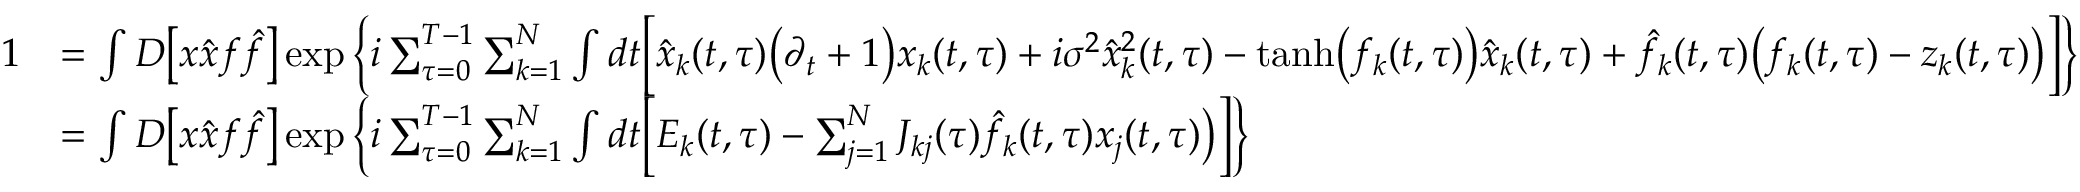
\begin{array} { r l } { 1 } & { = \int D \big [ x \hat { x } f \hat { f } \big ] \exp \left\{ i \sum _ { \tau = 0 } ^ { T - 1 } \sum _ { k = 1 } ^ { N } \int d t \Big [ \hat { x } _ { k } ( t , \tau ) \big ( \partial _ { t } + 1 \big ) x _ { k } ( t , \tau ) + i \sigma ^ { 2 } \hat { x } _ { k } ^ { 2 } ( t , \tau ) - \mathrm { t a n h } \big ( f _ { k } ( t , \tau ) \big ) \hat { x } _ { k } ( t , \tau ) + \hat { f } _ { k } ( t , \tau ) \big ( f _ { k } ( t , \tau ) - z _ { k } ( t , \tau ) \big ) \Big ] \right\} } \\ & { = \int D \big [ x \hat { x } f \hat { f } \big ] \exp \left\{ i \sum _ { \tau = 0 } ^ { T - 1 } \sum _ { k = 1 } ^ { N } \int d t \Big [ E _ { k } ( t , \tau ) - \sum _ { j = 1 } ^ { N } J _ { k j } ( \tau ) \hat { f } _ { k } ( t , \tau ) x _ { j } ( t , \tau ) \big ) \Big ] \right\} } \end{array}